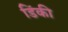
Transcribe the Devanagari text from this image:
डिंकी